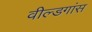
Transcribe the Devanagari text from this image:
वील्डगांस